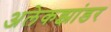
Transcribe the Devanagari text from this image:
अलेकझांडर